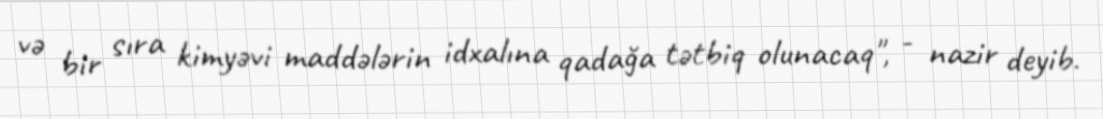
və bir sıra kimyəvi maddələrin idxalına qadağa tətbiq olunacaq", - nazir deyib.